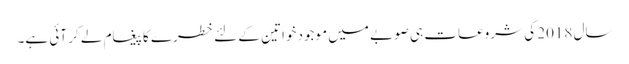
سال 2018 کی شروعات ہی صوبے میں موجود خواتین کے لئے خطرے کا پیغام لے کر آئی ہے۔